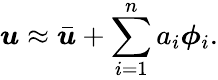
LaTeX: \boldsymbol{u}\approx\bar{\boldsymbol{u}}+\sum_{i=1}^{n}a_{i}\boldsymbol{\phi}_{i}.